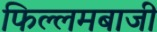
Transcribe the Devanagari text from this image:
फिल्लमबाजी